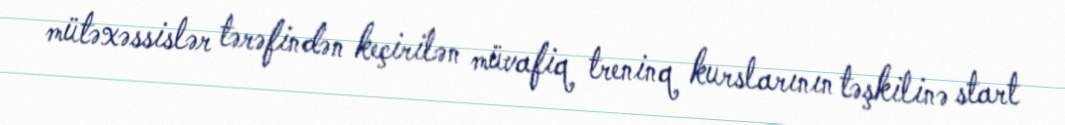
mütəxəssislər tərəfindən keçirilən müvafiq treninq kurslarının təşkilinə start